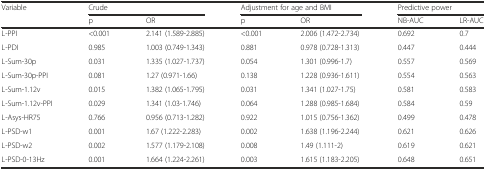
| Variable | Crude |  | <COLSPAN=2> Adjustment for age and BMI | <COLSPAN=2> Predictive power |
 |  | p | OR | p | OR | NB-AUC | LR-AUC |
 | --- | --- | --- | --- | --- | --- | --- |
 | L-PPI | <0.001 | 2.141 (1.589-2.885) | <0.001 | 2.006 (1.472-2.734) | 0.692 | 0.7 |
 | L-PDI | 0.985 | 1.003 (0.749-1.343) | 0.881 | 0.978 (0.728-1.313) | 0.447 | 0.444 |
 | L-Sum-30p | 0.031 | 1.335 (1.027-1.737) | 0.054 | 1.301 (0.996-1.7) | 0.557 | 0.569 |
 | L-Sum-30p-PPI | 0.081 | 1.27 (0.971-1.66) | 0.138 | 1.228 (0.936-1.611) | 0.554 | 0.563 |
 | L-Sum-1.12v | 0.015 | 1.382 (1.065-1.795) | 0.031 | 1.341 (1.027-1.75) | 0.581 | 0.583 |
 | L-Sum-1.12v-PPI | 0.029 | 1.341 (1.03-1.746) | 0.064 | 1.288 (0.985-1.684) | 0.584 | 0.59 |
 | L-Asys-HR75 | 0.766 | 0.956 (0.713-1.282) | 0.922 | 1.015 (0.756-1.362) | 0.499 | 0.478 |
 | L-PSD-w1 | 0.001 | 1.67 (1.222-2.283) | 0.002 | 1.638 (1.196-2.244) | 0.621 | 0.626 |
 | L-PSD-w2 | 0.002 | 1.577 (1.179-2.108) | 0.008 | 1.49 (1.111-2) | 0.619 | 0.621 |
 | L-PSD-0-13Hz | 0.001 | 1.664 (1.224-2.261) | 0.003 | 1.615 (1.183-2.205) | 0.648 | 0.651 |